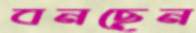
বনছেন